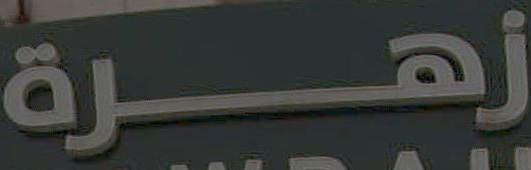
زهرة